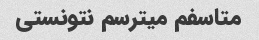
متاسفم میترسم نتونستی